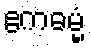
ဧကဓမ္မံ